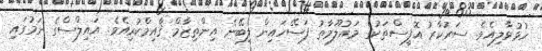
ހުޅުވާލިއެވެ. ސަރުކާރު އޮފީސްތަކުގެ މައުލޫމާތު ފަސޭހައިން ލިބޭނެ އިންތިޒާމް ޤާއިމްކުރިއެވެ. އައިލްސްގެ ނަމުގައި